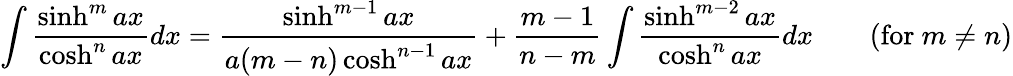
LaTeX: \int{\frac{\sinh^{m}ax}{\cosh^{n}ax}}dx={\frac{\sinh^{m-1}ax}{a(m-n)\cosh^{n-1}ax}}+{\frac{m-1}{n-m}}\int{\frac{\sinh^{m-2}ax}{\cosh^{n}ax}}dx\qquad{\mathrm{(for~}}m\neq n{\mathrm{)}}